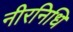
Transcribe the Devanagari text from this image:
नीरनिधि